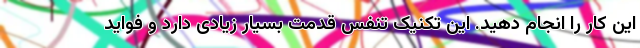
این کار را انجام دهید. این تکنیک تنفس قدمت بسیار زیادی دارد و فواید